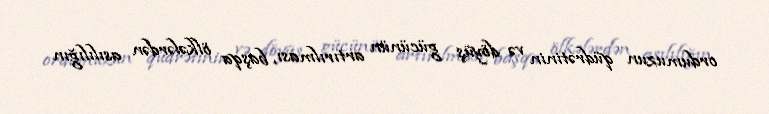
ordumuzun qüdrətinin və döyüş gücünün artırılması, başqa ölkələrdən asılılığın